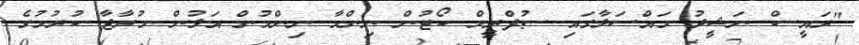
"ރައީސް ނަޝީދު މައްސަލާގައި ސުޕްރީމް ކޯޓުން ނިންމާ ނިންމުން އަލުން މުރާޖާ ކުރުމުގެ